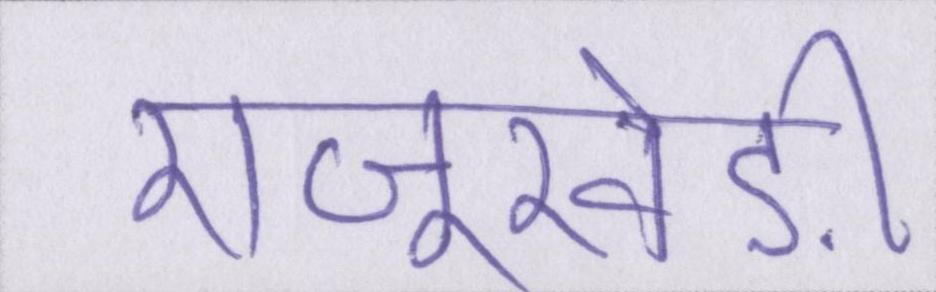
राजूखेड़ी